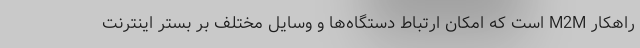
راهکار M2M است که امکان ارتباط دستگاه‌ها و وسایل مختلف بر بستر اینترنت